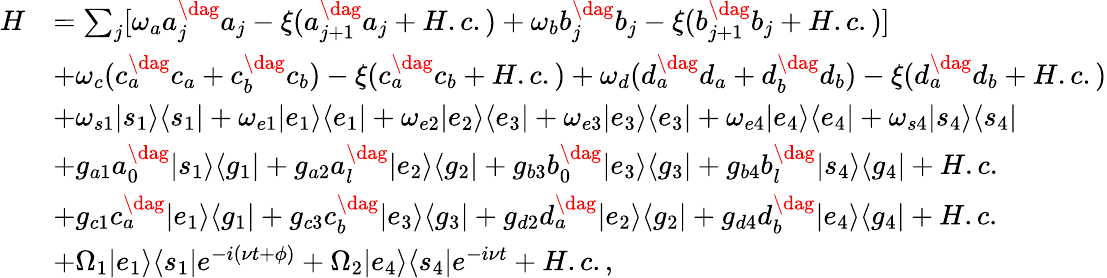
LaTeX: \begin{array}{rl}{H}&{=\sum_{j}[\omega_{a}a_{j}^{\dag}a_{j}-\xi(a_{j+1}^{\dag}a_{j}+H.c.)+\omega_{b}b_{j}^{\dag}b_{j}-\xi(b_{j+1}^{\dag}b_{j}+H.c.)]}\\ &{+\omega_{c}(c_{a}^{\dag}c_{a}+c_{b}^{\dag}c_{b})-\xi(c_{a}^{\dag}c_{b}+H.c.)+\omega_{d}(d_{a}^{\dag}d_{a}+d_{b}^{\dag}d_{b})-\xi(d_{a}^{\dag}d_{b}+H.c.)}\\ &{+\omega_{s1}|s_{1}\rangle\langle s_{1}|+\omega_{e1}|e_{1}\rangle\langle e_{1}|+\omega_{e2}|e_{2}\rangle\langle e_{3}|+\omega_{e3}|e_{3}\rangle\langle e_{3}|+\omega_{e4}|e_{4}\rangle\langle e_{4}|+\omega_{s4}|s_{4}\rangle\langle s_{4}|}\\ &{+g_{a1}a_{0}^{\dag}|s_{1}\rangle\langle g_{1}|+g_{a2}a_{l}^{\dag}|e_{2}\rangle\langle g_{2}|+g_{b3}b_{0}^{\dag}|e_{3}\rangle\langle g_{3}|+g_{b4}b_{l}^{\dag}|s_{4}\rangle\langle g_{4}|+H.c.}\\ &{+g_{c1}c_{a}^{\dag}|e_{1}\rangle\langle g_{1}|+g_{c3}c_{b}^{\dag}|e_{3}\rangle\langle g_{3}|+g_{d2}d_{a}^{\dag}|e_{2}\rangle\langle g_{2}|+g_{d4}d_{b}^{\dag}|e_{4}\rangle\langle g_{4}|+H.c.}\\ &{+\Omega_{1}|e_{1}\rangle\langle s_{1}|e^{-i(\nu t+\phi)}+\Omega_{2}|e_{4}\rangle\langle s_{4}|e^{-i\nu t}+H.c.,}\end{array}